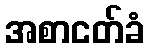
အစာငတ်ခံ